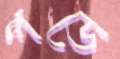
পডে